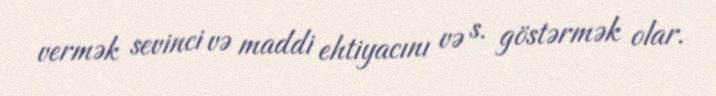
vermək sevinci və maddi ehtiyacını və s. göstərmək olar.